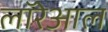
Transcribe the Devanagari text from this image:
लॉरेआल